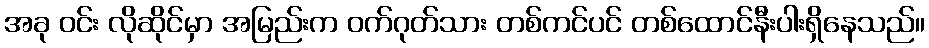
အခု ဝင်း လိုဆိုင်မှာ အမြည်းက ဝက်ဂုတ်သား တစ်ကင်ပင် တစ်ထောင်နီးပါးရှိနေသည်။